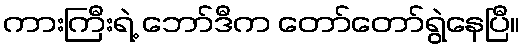
ကားကြီးရဲ့ ဘော်ဒီက တော်တော်ရွဲနေပြီ။